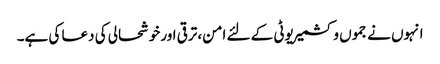
انہوں نے جموں وکشمیر یوٹی کے لئے امن، ترقی اور خوشحالی کی دعا کی ہے۔